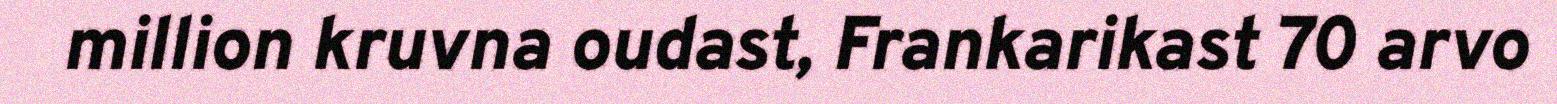
million kruvna oudast, Frankarikast 70 arvo